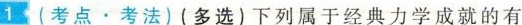
1(考点\cdot 考法)(多选)下列属于经典力学成就的有